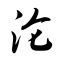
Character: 沦